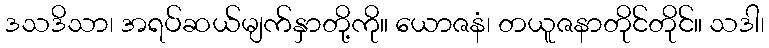
ဒသဒိသာ၊ အရပ်ဆယ်မျက်နှာတို့ကို။ ယောဇနံ၊ တယူဇနာတိုင်တိုင်။ သဒါ၊